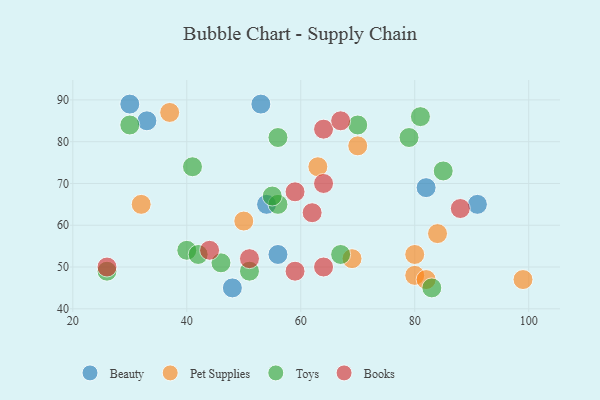
{"axis": {"x": "GDP", "y": "Life Expectancy"}, "legend": ["Beauty", "Books", "Pet Supplies", "Toys"], "data": [{"x": "82", "y": 69, "type": "Beauty"}, {"x": "54", "y": 65, "type": "Beauty"}, {"x": "53", "y": 89, "type": "Beauty"}, {"x": "48", "y": 45, "type": "Beauty"}, {"x": "91", "y": 65, "type": "Beauty"}, {"x": "33", "y": 85, "type": "Beauty"}, {"x": "30", "y": 89, "type": "Beauty"}, {"x": "56", "y": 53, "type": "Beauty"}, {"x": "63", "y": 74, "type": "Pet Supplies"}, {"x": "80", "y": 48, "type": "Pet Supplies"}, {"x": "69", "y": 52, "type": "Pet Supplies"}, {"x": "82", "y": 47, "type": "Pet Supplies"}, {"x": "37", "y": 87, "type": "Pet Supplies"}, {"x": "80", "y": 53, "type": "Pet Supplies"}, {"x": "99", "y": 47, "type": "Pet Supplies"}, {"x": "32", "y": 65, "type": "Pet Supplies"}, {"x": "70", "y": 79, "type": "Pet Supplies"}, {"x": "50", "y": 61, "type": "Pet Supplies"}, {"x": "84", "y": 58, "type": "Pet Supplies"}, {"x": "26", "y": 49, "type": "Toys"}, {"x": "40", "y": 54, "type": "Toys"}, {"x": "46", "y": 51, "type": "Toys"}, {"x": "30", "y": 84, "type": "Toys"}, {"x": "81", "y": 86, "type": "Toys"}, {"x": "70", "y": 84, "type": "Toys"}, {"x": "85", "y": 73, "type": "Toys"}, {"x": "56", "y": 81, "type": "Toys"}, {"x": "83", "y": 45, "type": "Toys"}, {"x": "56", "y": 65, "type": "Toys"}, {"x": "41", "y": 74, "type": "Toys"}, {"x": "51", "y": 49, "type": "Toys"}, {"x": "55", "y": 67, "type": "Toys"}, {"x": "42", "y": 53, "type": "Toys"}, {"x": "79", "y": 81, "type": "Toys"}, {"x": "67", "y": 53, "type": "Toys"}, {"x": "26", "y": 50, "type": "Books"}, {"x": "44", "y": 54, "type": "Books"}, {"x": "59", "y": 68, "type": "Books"}, {"x": "59", "y": 49, "type": "Books"}, {"x": "64", "y": 70, "type": "Books"}, {"x": "64", "y": 83, "type": "Books"}, {"x": "62", "y": 63, "type": "Books"}, {"x": "88", "y": 64, "type": "Books"}, {"x": "64", "y": 50, "type": "Books"}, {"x": "67", "y": 85, "type": "Books"}, {"x": "51", "y": 52, "type": "Books"}]}